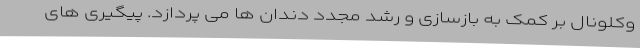
وکلونال بر کمک به بازسازی و رشد مجدد دندان ها می پردازد. پیگیری های